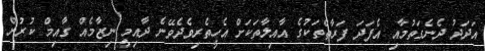
އަދަދު ދެނެގަތުމާއި އެފަދަ ފަރާތްތަކުގެ އާއިލާތަކަށް އެހީތެރިވެދެވޭނެ ދާއިމީ ނިޒާމެއް ގާއިމް ކުރުން